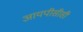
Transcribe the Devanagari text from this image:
आयपीसीसी